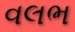
વલભ